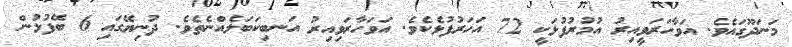
މަނަދޫގައެވެ. އަވާހަރަވީއިރު އުމުރުފުޅަކީ 72 އަހަރުފުޅެކެވެ. އަވަހާރަވިއިރު އަނބިކަބަލެއްނެތެވެ. ދުނިޔޭގައި 6 ބޭފުޅުން